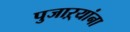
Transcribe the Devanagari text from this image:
पुजाऱ्यांना